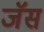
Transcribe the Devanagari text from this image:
जॅस